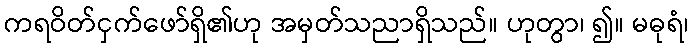
ကရဝိတ်ငှက်ဖော်ရှိ၏ဟု အမှတ်သညာရှိသည်။ ဟုတွာ၊ ၍။ မဓုရံ၊